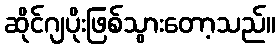
ဆိုင်ဂျပိုးဖြစ်သွားတော့သည်။